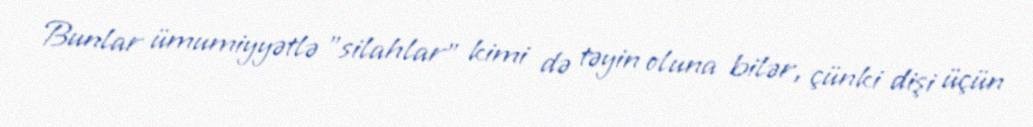
Bunlar ümumiyyətlə "silahlar" kimi də təyin oluna bilər, çünki dişi üçün